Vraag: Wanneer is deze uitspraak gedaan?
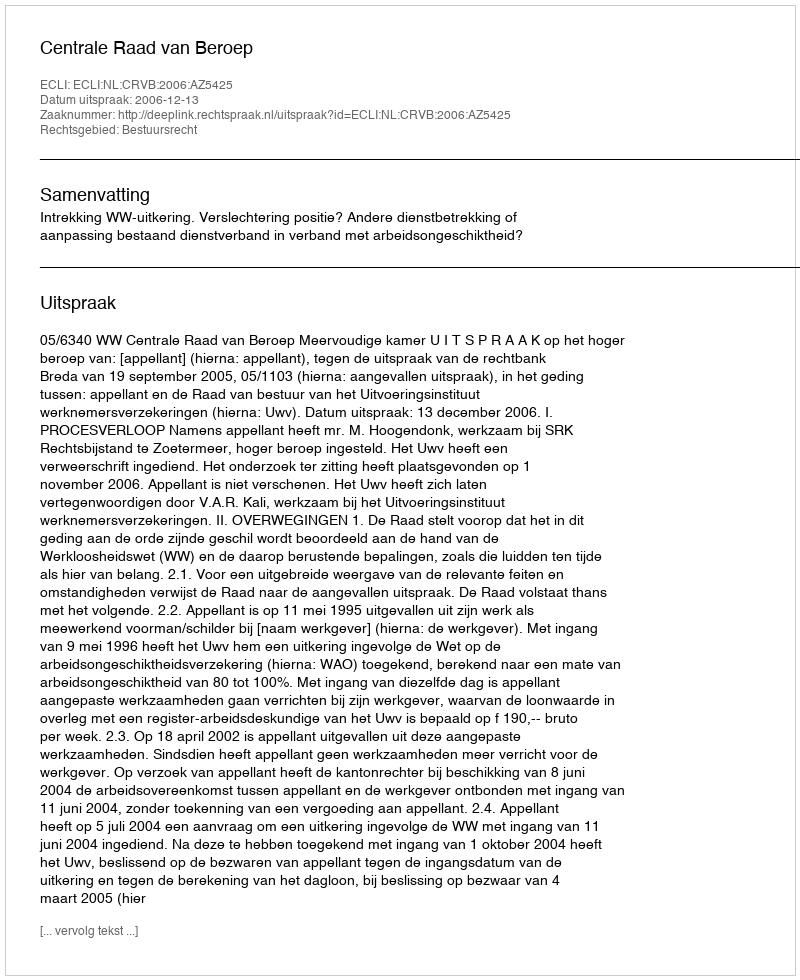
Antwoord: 2006-12-13